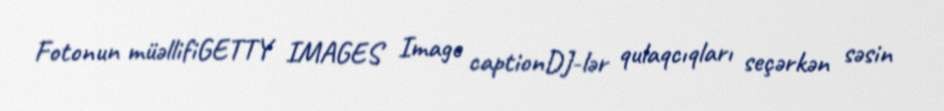
Fotonun müəllifiGETTY IMAGES Image captionDJ-lər qulaqcıqları seçərkən səsin